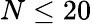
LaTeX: N\leq 20